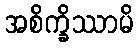
အစိက္ခိဿာမိ